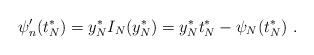
LaTeX: \begin{align*}\psi'_n(t^*_N)=y_N^* I_N(y_N^*)=y_N^* t^*_N - \psi_N(t^*_N) \ .\end{align*}